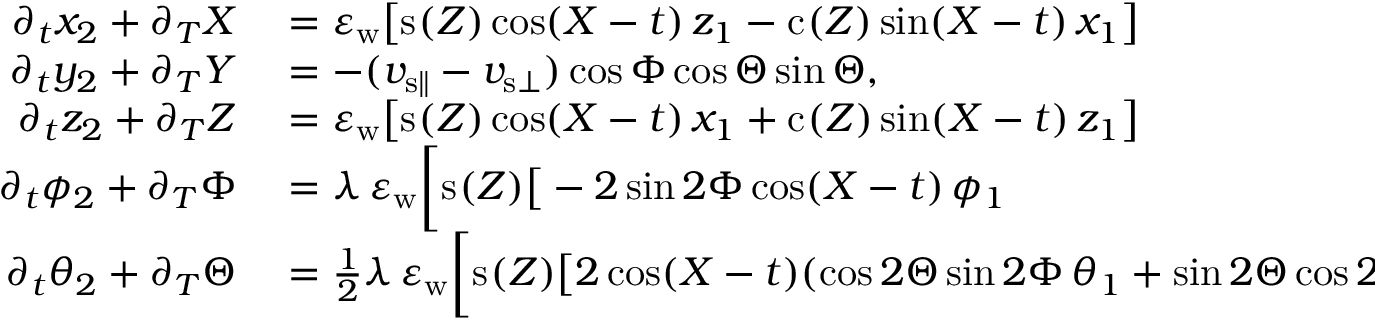
\begin{array} { r l } { \partial _ { t } x _ { 2 } + \partial _ { T } X } & { { } = \varepsilon _ { \mathrm { w } } \big [ \mathrm { s } _ { } ( Z ) \cos ( X - t ) \, z _ { 1 } - \mathrm { c } _ { } ( Z ) \sin ( X - t ) \, x _ { 1 } \big ] } \\ { \partial _ { t } y _ { 2 } + \partial _ { T } Y } & { { } = - ( v _ { { \mathrm { s } } \parallel } - v _ { { \mathrm { s } } \bot } ) \cos \Phi \cos \Theta \sin \Theta , } \\ { \partial _ { t } z _ { 2 } + \partial _ { T } Z } & { { } = \varepsilon _ { \mathrm { w } } \big [ \mathrm { s } _ { } ( Z ) \cos ( X - t ) \, x _ { 1 } + \mathrm { c } _ { } ( Z ) \sin ( X - t ) \, z _ { 1 } \big ] } \\ { \partial _ { t } { \phi _ { 2 } } + \partial _ { T } \Phi } & { { } = \lambda \, \varepsilon _ { \mathrm { w } } \bigg [ \mathrm { s } _ { } ( Z ) \big [ - 2 \sin { 2 \Phi } \cos ( X - t ) \, \phi _ { 1 } } \\ { \partial _ { t } { \theta _ { 2 } } + \partial _ { T } \Theta } & { { } = \frac { 1 } { 2 } \lambda \, \varepsilon _ { \mathrm { w } } \bigg [ \mathrm { s } _ { } ( Z ) \big [ 2 \cos ( X - t ) ( \cos { 2 \Theta } \sin { 2 \Phi } \, \theta _ { 1 } + \sin { 2 \Theta } \cos { 2 \Phi } \, \phi _ { 1 } ) } \end{array}